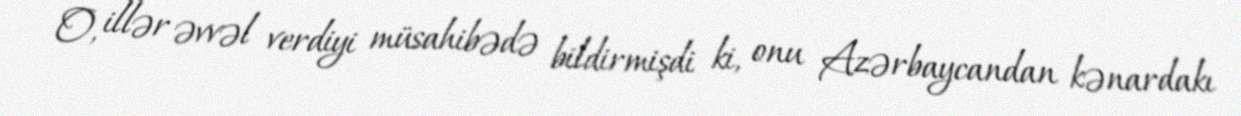
O, illər əvvəl verdiyi müsahibədə bildirmişdi ki, onu Azərbaycandan kənardakı